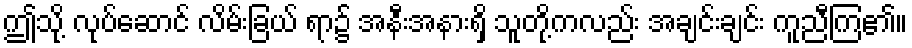
ဤသို့ လုပ်ဆောင် လိမ်းခြယ် ရာ၌ အနီးအနားရှိ သူတို့ကလည်း အချင်းချင်း ကူညီကြ၏။